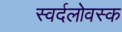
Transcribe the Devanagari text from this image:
स्वर्दलोवस्क